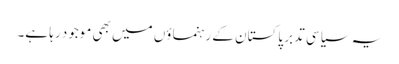
یہ سیاسی تدبر پاکستان کے رہنماؤں میں بھی موجود رہا ہے۔